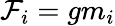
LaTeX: \mathcal{F}_{i}=gm_{i}